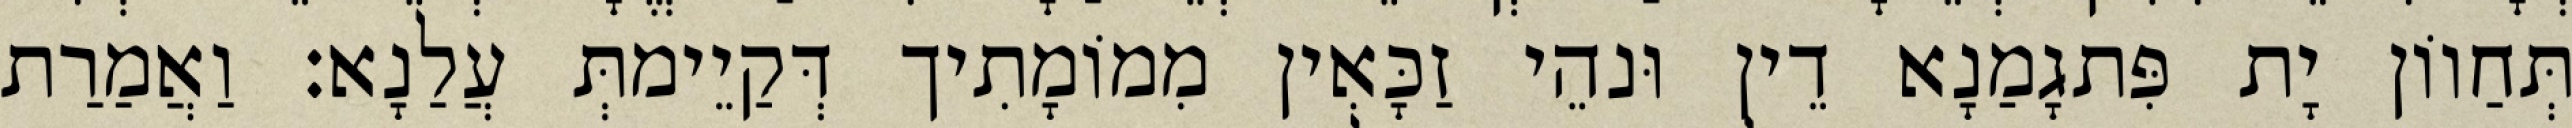
תְּחַווֹן יָת פִּתגָמַנָא דֵין וּנהֵי זַכָּאִין מִמוֹמָתִיך דְּקַיֵימתְּ עֲלַנָא׃ וַאֲמַרַת